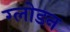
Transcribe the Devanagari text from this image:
ग्लोडन